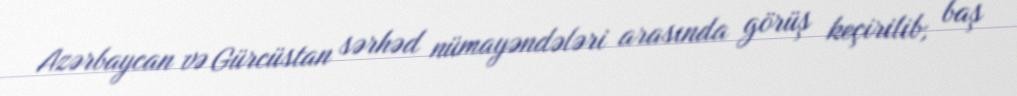
Azərbaycan və Gürcüstan sərhəd nümayəndələri arasında görüş keçirilib, baş